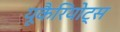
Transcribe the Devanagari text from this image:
यूकैरियोट्स